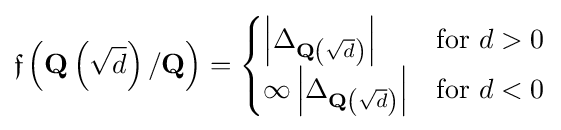
{\mathfrak {f}}\left(\mathbf {Q} \left({\sqrt {d}}\right)/\mathbf {Q} \right)={\begin{cases}\left|\Delta _{\mathbf {Q} \left({\sqrt {d}}\right)}\right|&{\text{for }}d>0\\\infty \left|\Delta _{\mathbf {Q} \left({\sqrt {d}}\right)}\right|&{\text{for }}d<0\end{cases}}